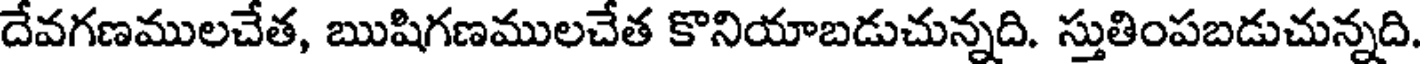
దేవగణములచేత, ఋషిగణములచేత కొనియాబడుచున్నది. స్తుతింపబడుచున్నది